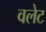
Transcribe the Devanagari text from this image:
वलेट